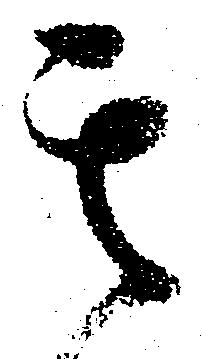
其